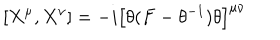
[ X ^ { \mu } , X ^ { \nu } ] = - i \left[ \theta ( F - \theta ^ { - 1 } ) \theta \right] ^ { \mu \nu }